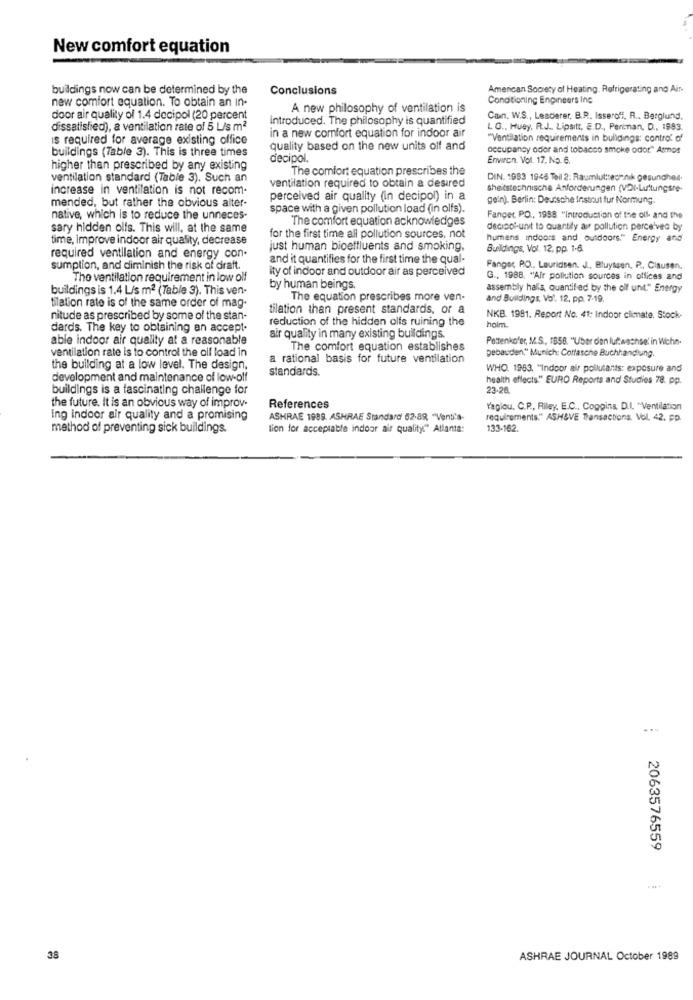
New comfort equation
buildings now can be determined by the
Conclusions
American Society of Heating, Refrigerating and Ais-
new comfort equation. To obtain an in-
Conditioning Engineers Inc
A new philosophy of ventilation is
door air quality of 1.4 decipol (20 percent
introduced. The philosophy is quantified
Can. W.S ., Lescierer, B.R. Isseroff, R ., Berglund.
dissatisfied), a ventilation rate of 5 L/s m2
L G ., Huey, R.J ., Lipsitt, E.D ., Periman, D ., 1993.
is required for average existing office
in a new comfort equation for indoor air
"Ventilation requirements in bulidings: contro' o'
buildings (Table 3). This is three times
quality based on the new units off and
occupancy odor and tobacco smoke odor" Atmos
diecipol.
Environ. Vol. 17, No. 6.
higher than prescribed by any existing
The comfort equation prescribes the
ventilation standard (Table 3). Such an
DIN. 1983 1948 Teil 2. Raumlut:technik gesuncher.
increase in ventilation is not recom.
ventilation required to obtain a desired
sheidstechnische Anforderungen (VDI-Luttungsre-
mended, but rather the obvious alter-
perceived air quality (in decipol) in a
gein). Berlin: Deutsche Instnut fur Normung.
space with a given pollution load (in olfs).
native, which is to reduce the unneces-
The comfort equation acknowledges
Fanger PO ., 1988. "Introduction of the olf- and the
sary hidden olfs. This will, at the same
deciso'-unit to quantity air pollution perceived by
time, improve indoor air quality, decrease
for the first time all pollution sources, not
humans indoors and outdoors." Energy and
just human bioeffluents and smoking,
Buildings, Vol. 12. pp. 1.6.
required ventilation and energy con.
and it quantifies for the first time the qual-
sumption, and diminish the risk of draft.
ity of indoor and outdoor air as perceived
Fanger PO .. Lauridsen. J. Bluyssen, P. Cisusen.
The ventilation requirement in low olf
G ., 1988. "Air pollution sources in offices and
buildings is 1.4 L/s m2 (Table 3). This ven-
by human beings
assembly halis, Quantified by the olf unt." Energy
The equation prescribes more ven-
and Buildings, Vo'. 12, pp. 7-19.
tilation rate is of the same order of mag-
tilation than present standards, or a
nitude as prescribed by some of the stan-
reduction of the hidden olfs ruining the
NKB. 1981. Report No. 41: Indoor climate. Stock-
dards. The key to obtaining an accept.
holm.
able indoor air quality at a reasonable
air quality in many existing bulidings.
Pottenkofer, M.S ., 1858. "Uber den luftwachse' in Wchn.
ventilation rate is to control the oll load in
The comfort equation establishes
gebauden," Munich: Coffasche Buchhandlung.
a rational basis for future ventilation
the building at a low level. The design,
standards.
WHO. 1963. "Indoor air pollutants: exposure and
development and maintenance of low-off
health effects." EURO Reports and Studies 78. pp.
buildings is a fascinating challenge for
23.28
the future. It is an obvious way of improv-
References
Yagiou, C.P ., Riley, E.C ., Coggins, D.I. * Ventilation
ing indoor air quality and a promising
ASHRAE 1989. ASHRAE Standard 62-89, "Venti's-
requirements." ASH&VE Transactions, Vol. 42. pp.
method of preventing sick buildings.
lion for acceptable indoor air quality." Atlanta:
133-162.
2063576559
38
ASHRAE JOURNAL October 1989